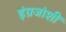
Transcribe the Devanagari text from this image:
इंग्रजांशीं